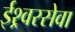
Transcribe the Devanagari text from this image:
ईश्र्वरसेवा